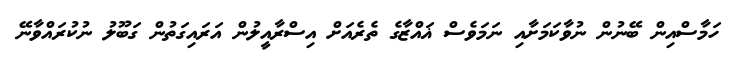
ހަމާސްއިން ބޭނުން ނުވާކަމަށާއި ނަމަވެސް ޣައްޒާގެ ތެރެއަށް އިސްރާއީލުން އަރައިގަތުން ގަބޫލު ނުކުރައްވާނޭ